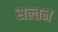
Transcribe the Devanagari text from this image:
सल्तन